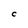
Character: C